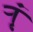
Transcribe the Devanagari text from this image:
र्‍ाृ